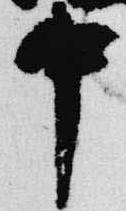
中